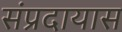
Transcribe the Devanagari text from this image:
संप्रदायास